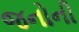
જનોની